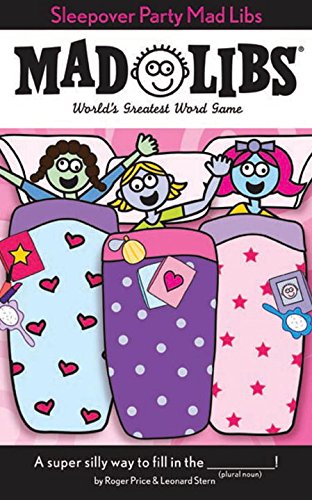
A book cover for Sleepover Party Mad Libs; Roger Price; Children's Books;